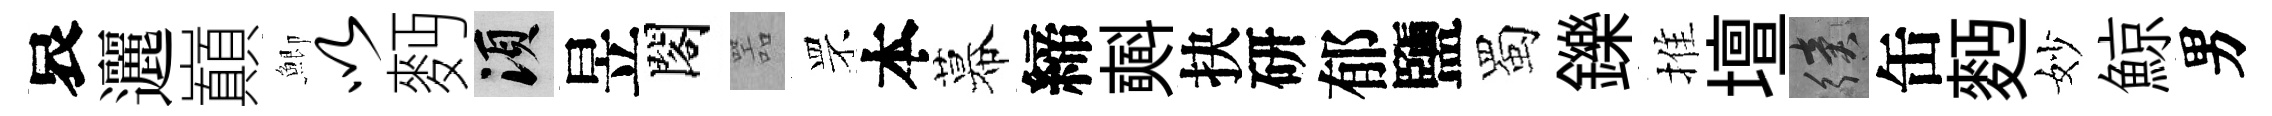
哀邐巔鯽以麪須昱閣噐罘本幕締𣂏抉研郁鹽蜀鑠推壇續缶麪妙鯨男